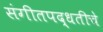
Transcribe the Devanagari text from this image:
संगीतपद्धतीचे